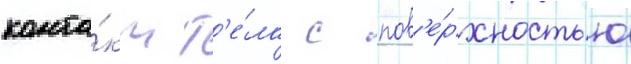
конта́кт т'е́ла с пов'е́рхностью